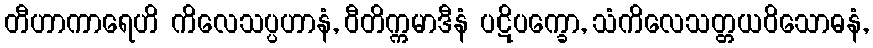
တီဟာကာရေဟိ ကိလေသပ္ပဟာနံ, ဝီတိက္ကမာဒီနံ ပဋိပက္ခော, သံကိလေသတ္တယဝိသောဓနံ,